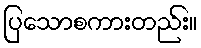
ပြသောစကားတည်း။